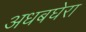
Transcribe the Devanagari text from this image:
अधबघेरा